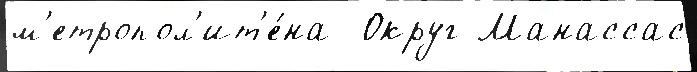
м'етропол'ит'е́на  Округ Манассас